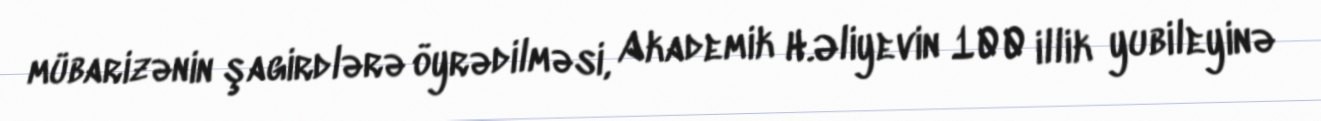
mübarizənin şagirdlərə öyrədilməsi, Akademik H.Əliyevin 100 illik yubileyinə